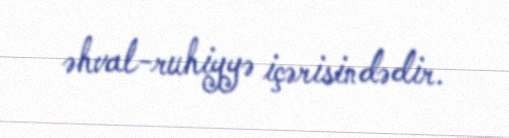
əhval-ruhiyyə içərisindədir.